Senior Leaving Certificate Examination (including Day School Certificate (Higher) General paper), 1950
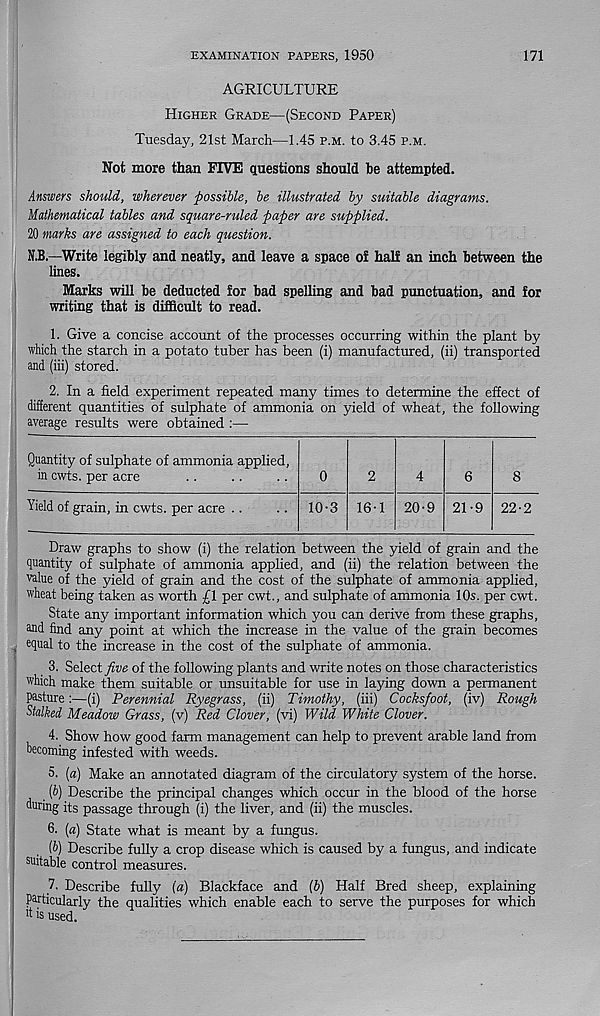
EXAMINATION PAPERS, 1950
171
AGRICULTURE
Higher Grade—(Second Paper)
Tuesday, 21st March—1.45 p.m. to 3.45 p.m.
Not more than FIVE questions should he attempted.
1
Answers should, wherever possible, be illustrated by suitable diagrams.
Mathematical tables and square-ruled paper are supplied.
20 marks are assigned to each question.
N.B.—Write legibly and neatly, and leave a space of half an inch between the
lines.
Marks will be deducted for bad spelling and bad punctuation, and for
writing that is difficult to read.
1. Give a concise account of the processes occurring within the plant by
which the starch in a potato tuber has been (i) manufactured, (ii) transported
and (iii) stored.
2. In a field experiment repeated many times to determine the effect of
different quantities of sulphate of ammonia on yield of wheat, the following
average results were obtained :—
Quantity of sulphate of ammonia applied,
in cwts. per acre
Yield of grain, in cwts. per acre ..
10-3 16-1 20-9 21-9 22-2
Draw graphs to show (i) the relation between the yield of grain and the
quantity of sulphate of ammonia applied, and (ii) the relation between the
value of the yield of grain and the cost of the sulphate of ammonia applied,
wheat being taken as worth £1 per cwt., and sulphate of ammonia 10s. per cwt.
State any important information which you can derive from these graphs,
Md find any point at which the increase in the value of the grain becomes
equal to the increase in the cost of the sulphate of ammonia.
3. Select five of the following plants and write notes on those characteristics
which make them suitable or unsuitable for use in laying down a permanent
pasture:—(i) Perennial Ryegrass, (ii) Timothy, (iii) Cocksfoot, (iv) Rough
Stalked Meadow Grass, (v) Red Clover, (vi) Wild White Clover.
4. Show how good farm management can help to prevent arable land from
becoming infested with weeds.
5. (a) Make an annotated diagram of the circulatory system of the horse.
[b) Describe the principal changes which occur in the blood of the horse
during its passage through (i) the liver, and (ii) the muscles.
6. [a) State what is meant by a fungus.
[b) Describe fully a crop disease which is caused by a fungus, and indicate
suitable control measures.
7. Describe fully (a) Blackface and [b) Half Bred sheep, explaining
Particularly the qualities which enable each to serve the purposes for which
't is used.